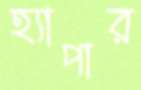
হ্যাপার